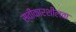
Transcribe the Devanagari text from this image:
स्वीकारशीलता